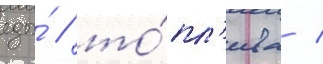
еды́ / то́пл'ива /